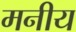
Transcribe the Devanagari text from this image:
मनीय